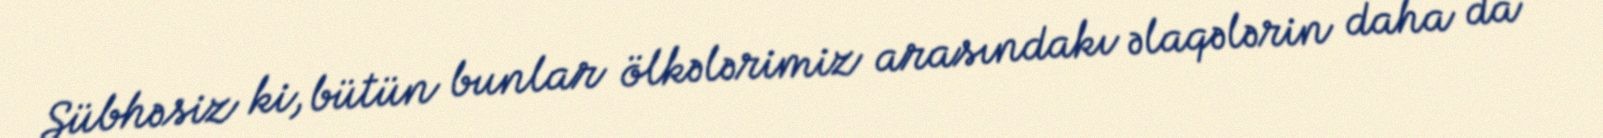
Şübhəsiz ki, bütün bunlar ölkələrimiz arasındakı əlaqələrin daha da